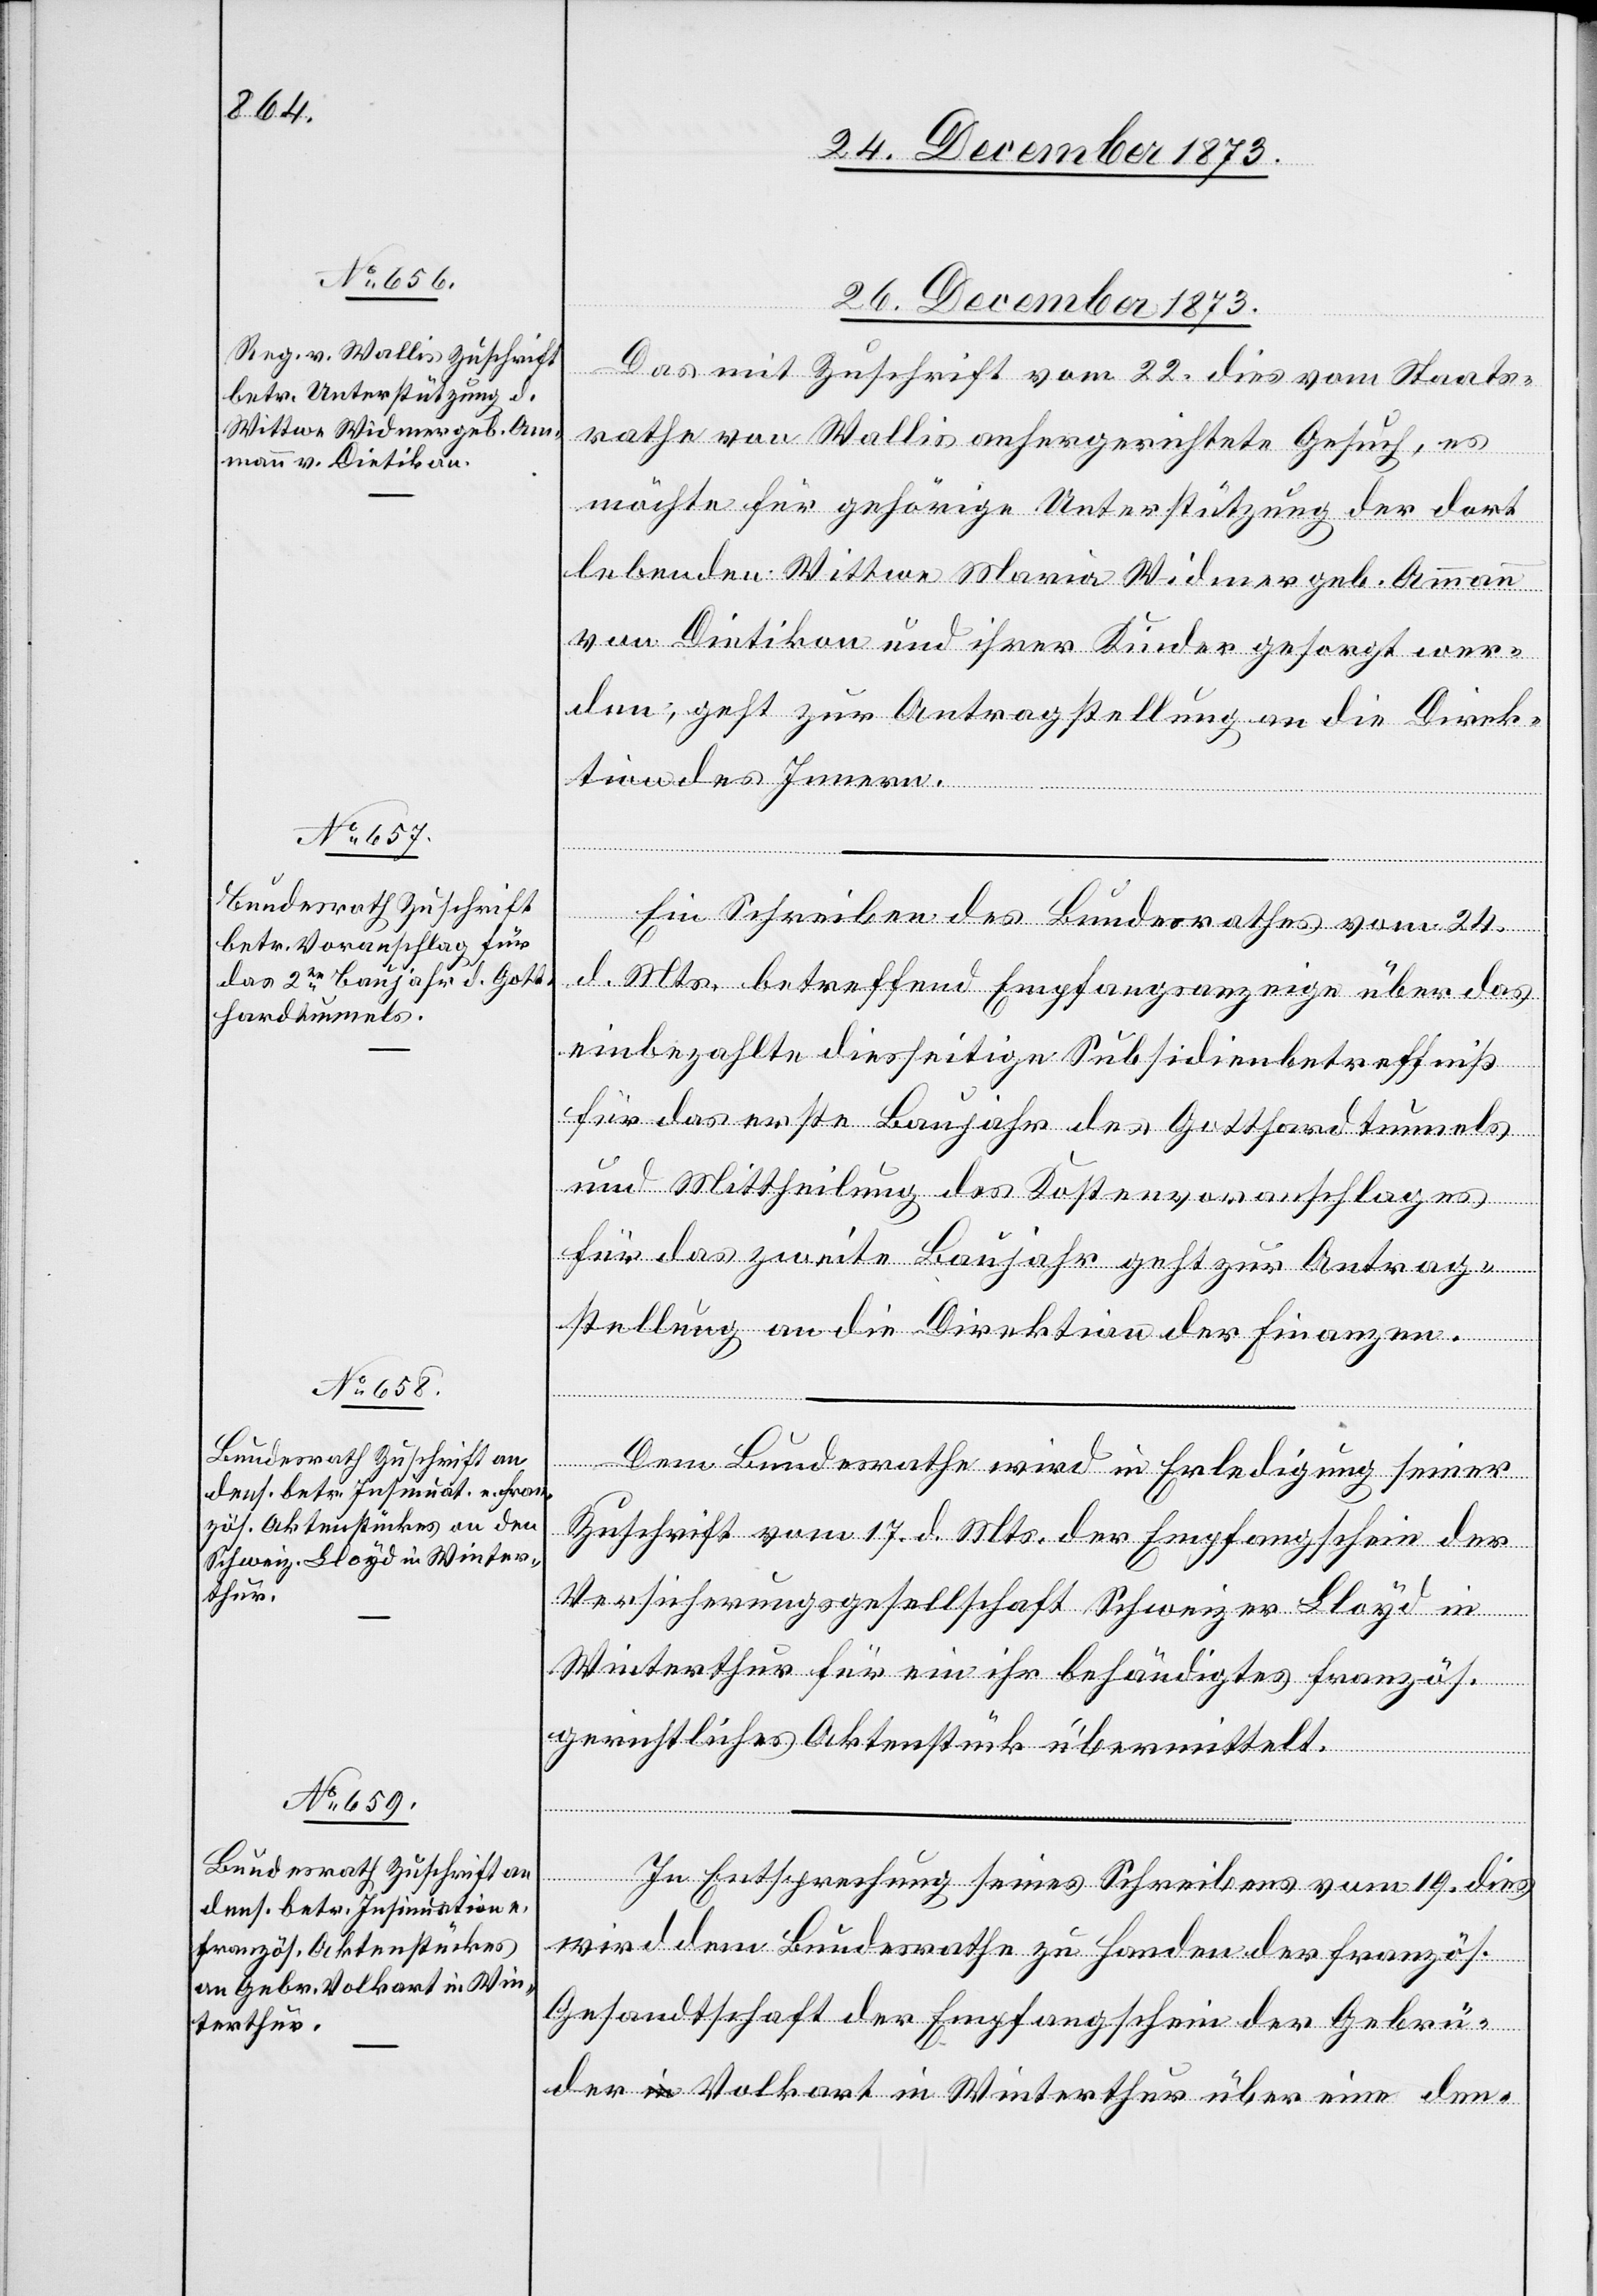
26. December 1873.]
Das mit Zuschrift vom 22. dies vom Staats¬
rathe von Wallis anhergerichtete Gesuch, es
möchte für gehörige Unterstützung der dort
lebenden Wittwe Maria Widmer geb. Ammann
von Dietikon und ihrer Kinder gesorgt wer¬
den, geht zur Antragstellung an die Direk¬
tion des Innern.
Ein Schreiben des Bundesrathes vom 24.
d. Mts. betreffend Empfangsanzeige über das
einbezahlte diesseitige Subsidienbetreffniß
für das erste Baujahr des Gotthardtunnels
und Mittheilung des Kostenvoranschlages
für das zweite Baujahr geht zur Antrag¬
stellung an die Direktion der Finanzen.
Dem Bundesrathe wird in Erledigung seiner
Zuschrift vom 17. d. Mts. der Empfangschein der
Versicherungsgesellschaft Schweizer Lloyd in
Winterthur für ein ihr behändigtes französ.
gerichtliches Aktenstück übermittelt.
In Entsprechung seines Schreibens vom 19. dies
wird dem Bundesrathe zu Handen der französ.
Gesandtschaft der Empfangschein der Gebrü¬
der Volkart in Winterthur über eine den-